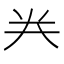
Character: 龹